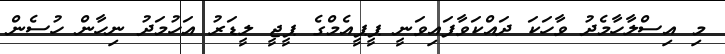
މި އިސްލާހާމެދު ވާހަކަ ދައްކަވާފައިވަނީ ޕީޕީއެމްގެ ޕީޖީ ލީޑަރު އަހުމަދު ނިހާން ހުސެން